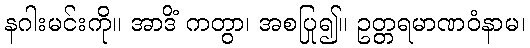
နဂါးမင်းကို။ အာဒိံ ကတွာ၊ အစပြု၍။ ဥတ္တရမာဏဝံနာမ၊